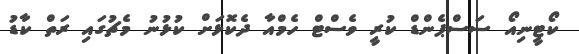
ކޯޓީނިއޯ ސަސްޕެންޑް ކުރީ ވެސްޓް ހެމްއާ ދެކޮޅަށް ކުޅުނު މެޗުގައި ރަތް ކާޑު